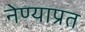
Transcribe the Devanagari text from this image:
नेण्याप्रत